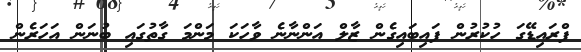
ފްރައިޑޭގަ ހުކުރުން ފައިބައިގެން ޒާލް އަންނާނެ ވާހަކަ މަންމަ ގާތުގައި ބުނަން އަހަރެން